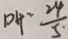
D H = \frac { 2 4 } { 5 }